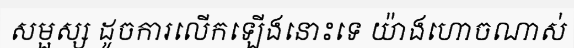
សម្ផស្ស ដូចការលើកឡើងនោះទេ យ៉ាងហោចណាស់